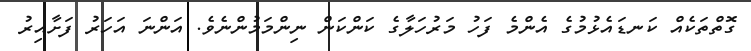
ގޮތްތަކެއް ކަނޑައެޅުމުގެ އެންމެ ފަހު މަރުހަލާގެ ކަންކަން ނިންމަމުންނެވެ. އަންނަ އަހަރު ފަށާއިރު